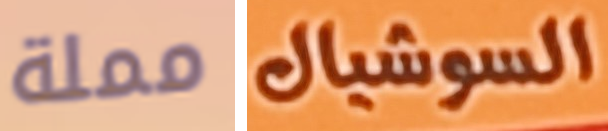
مملة السوشيال